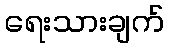
ရေးသားချက်